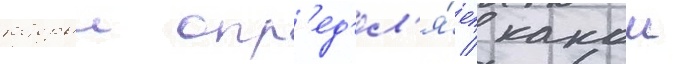
которыи опр'ед'ел'я́ет / какои